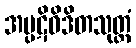
အပ္ပဋိဝိဒိတသုတ္တံ